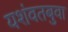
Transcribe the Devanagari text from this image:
यशंवतबुवा